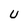
Character: U